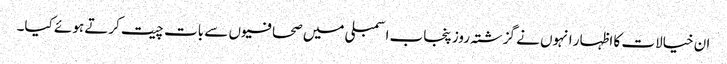
ان خیالات کا اظہار انہوں نے گزشتہ روز پنجاب اسمبلی میں صحافیوں سے بات چیت کرتے ہوئے کیا۔